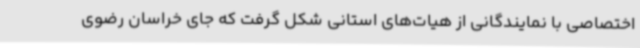
اختصاصی با نمایندگانی از هیات‌های استانی شکل گرفت که جای خراسان رضوی